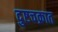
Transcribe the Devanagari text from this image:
दुष्टचक्रात